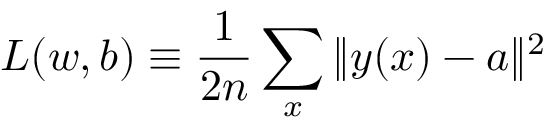
L ( w , b ) \equiv \frac { 1 } { 2 n } \sum _ { x } \| y ( x ) - a \| ^ { 2 }